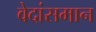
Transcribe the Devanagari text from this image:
वेदांसमान